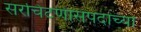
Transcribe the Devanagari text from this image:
सरचिटणीसपदाच्या